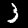
Label: 3